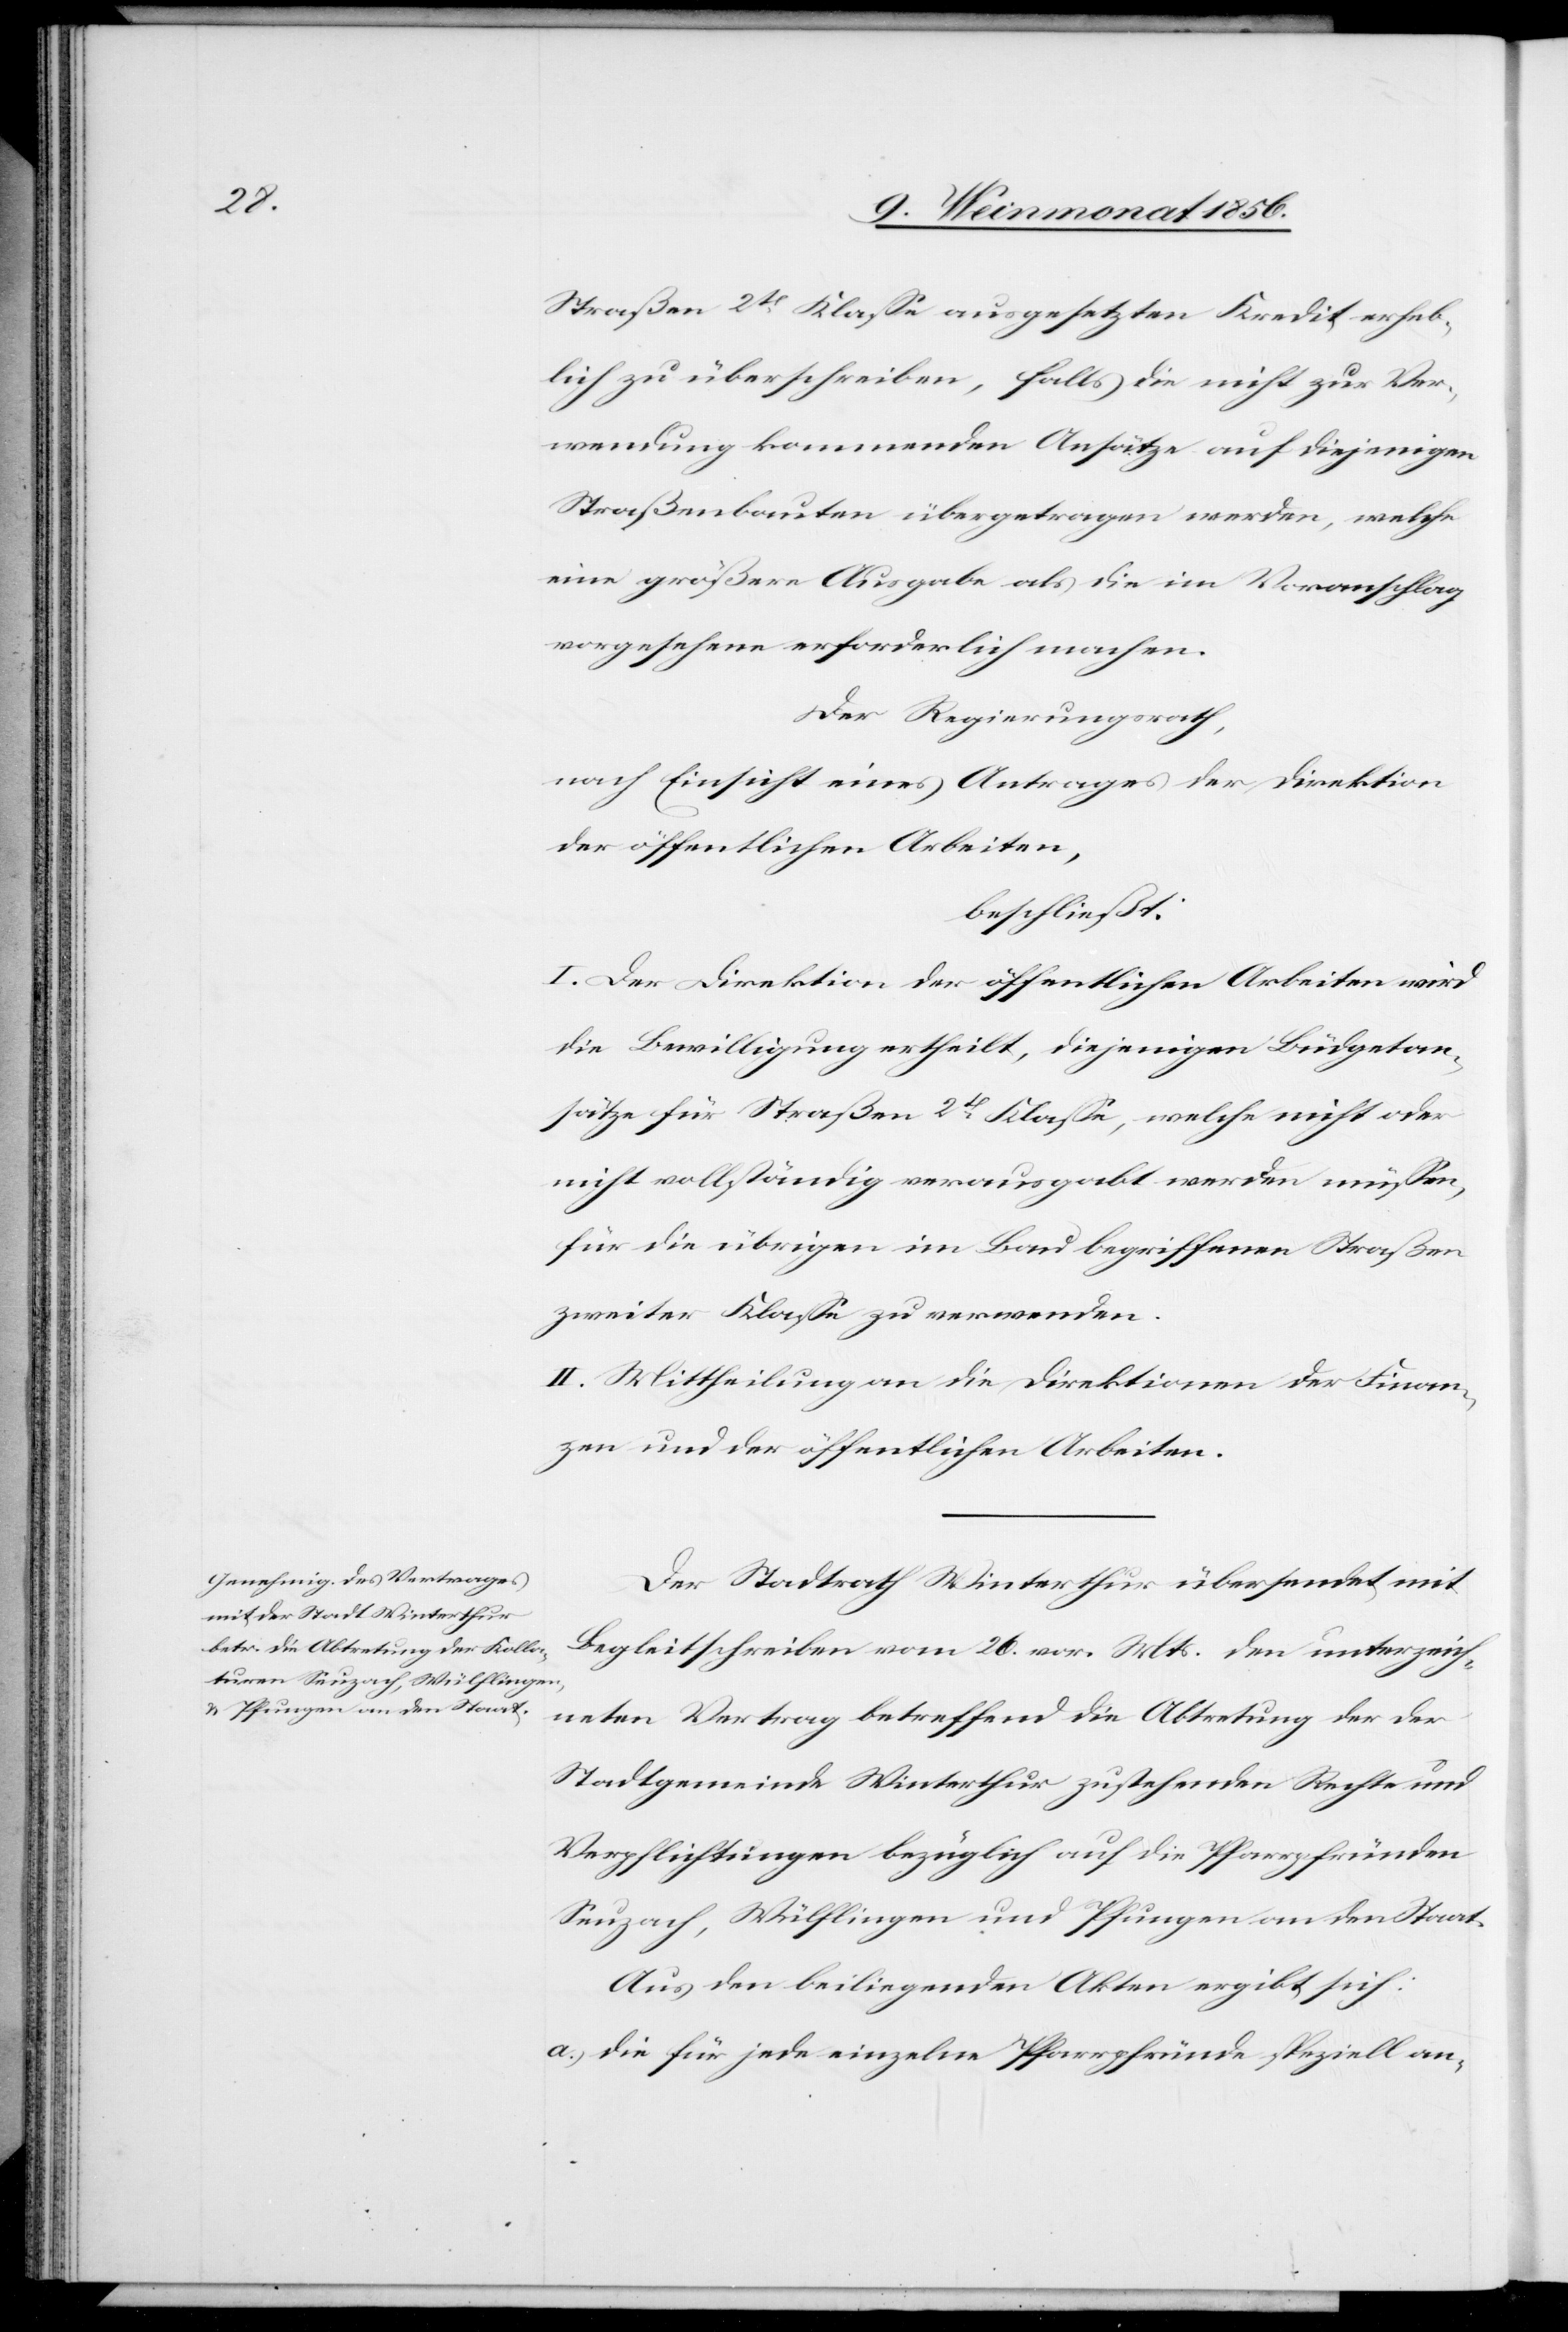
Straßen 2t Klasse ausgesetzten Kredit erheb¬
lich zu überschreiben, falls die nicht zu Ver¬
wendung kommenden Ansätze auf diejenigen
Straßenbauten übergetragen werden, welche
eine größere Ausgabe als die im Voranschlag
vorgesehene erforderlich machen.
Der Regierungsrath,
nach Einsicht eines Antrages der Direktion
der öffentlichen Arbeiten,
beschließt:
I. Der Direktion der öffentlichen Arbeiten wird
die Bewilligung ertheilt, diejenigen Büdgetan¬
sätze für Straßen 2t Klasse, welche nicht oder
nicht vollständig verausgabt werden müssen,
für die übrigen im Bau begriffenen Straßen
zweiter Klasse zu verwenden.
II. Mittheilung an die Direktionen der Finan¬
zen und der öffentlichen Arbeiten.
Der Stadtrath Winterthur übersendet mit
Begleitschreiben vom 26. vor. Mts. den unterzeich¬
neten Vertrag betreffend die Abtretung der der
Stadtgemeinde Winterthur zustehenden Rechte und
Verpflichtungen bezüglich auf die Pfarrpfründen
Seuzach, Wülflingen und Pfungen an den Staat.
Aus den beiliegenden Akten ergibt sich:
a.) die für jede einzelne Pfarrpfründe speziell an-